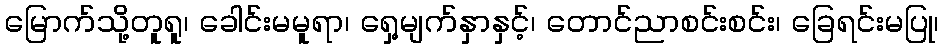
မြောက်သို့တူရူ၊ ခေါင်းမမူရာ၊ ရှေ့မျက်နှာနှင့်၊ တောင်ညာစင်းစင်း၊ ခြေရင်းမပြု၊